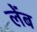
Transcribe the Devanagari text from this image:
लेंब